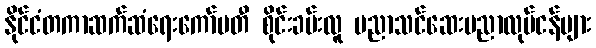
နိုင်ငံတကာဆက်ဆံရေးကော်မတီ စိုင်းခမ်းလူ ပညာသင်ဆေးပညာလုပ်ငန်များ